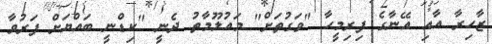
ޒާހިރާ އާއި އޭނާގެ ފިރިމީހާ "ވަގުތަށް" މައުލޫމާތު ދެނީ "ކިޑްނީ ބައްޔަށް ފަރުވާ